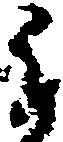
于